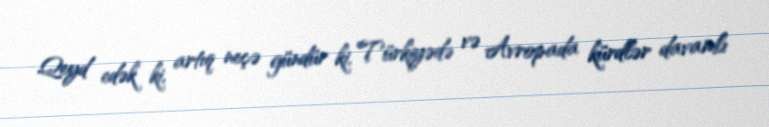
Qeyd edək ki, artıq neçə gündür ki, Türkiyədə və Avropada kürdlər davamlı